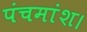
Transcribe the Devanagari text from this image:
पंचमांश।